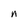
Character: n